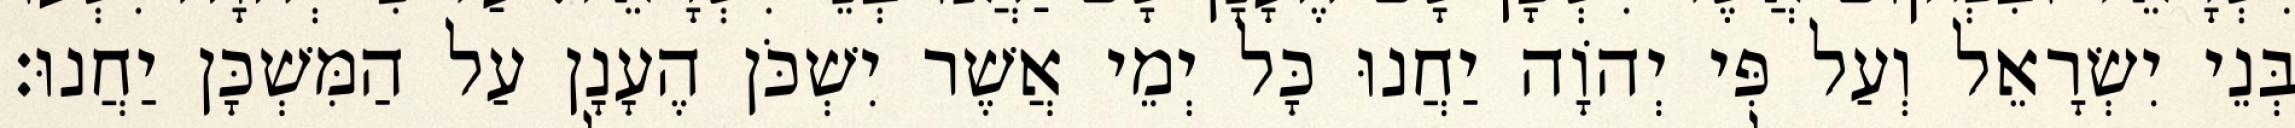
בְּנֵי יִשְׂרָאֵל וְעַל פִּי יְהוָֹה יַחֲנוּ כָּל יְמֵי אֲשֶׁר יִשְׁכֹּן הֶעָנָן עַל הַמִּשְׁכָּן יַחֲנוּ׃